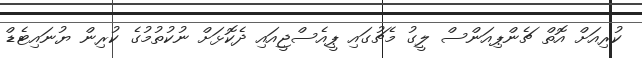
ކުރިއަށް އޮތް ޗެންޕިއަންސް ލީގު މެޗުގައި ޕީއެސްޖީއައި ދެކޮޅަށް ނުކުތުމުގެ ކުރިން ޔުނައިޓެޑް